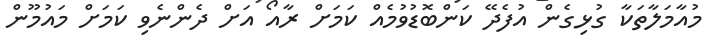
މުއާމަލާތަކާ ގުޅިގެން އުފެދޭ ކަންބޮޑުވުމެއް ކަމަށް ރާއޯ އަށް ދެންނެވި ކަމަށް މައުމޫން